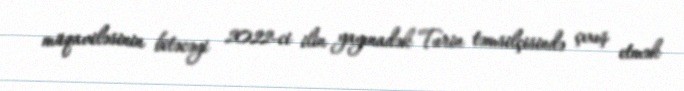
müqaviləsinin bitəcəyi 2022-ci ilin yayınadək Turin təmsilçisində çıxış etmək